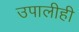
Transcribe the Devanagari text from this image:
उपालीही